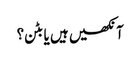
آنکھیں ہیں یا بٹن؟